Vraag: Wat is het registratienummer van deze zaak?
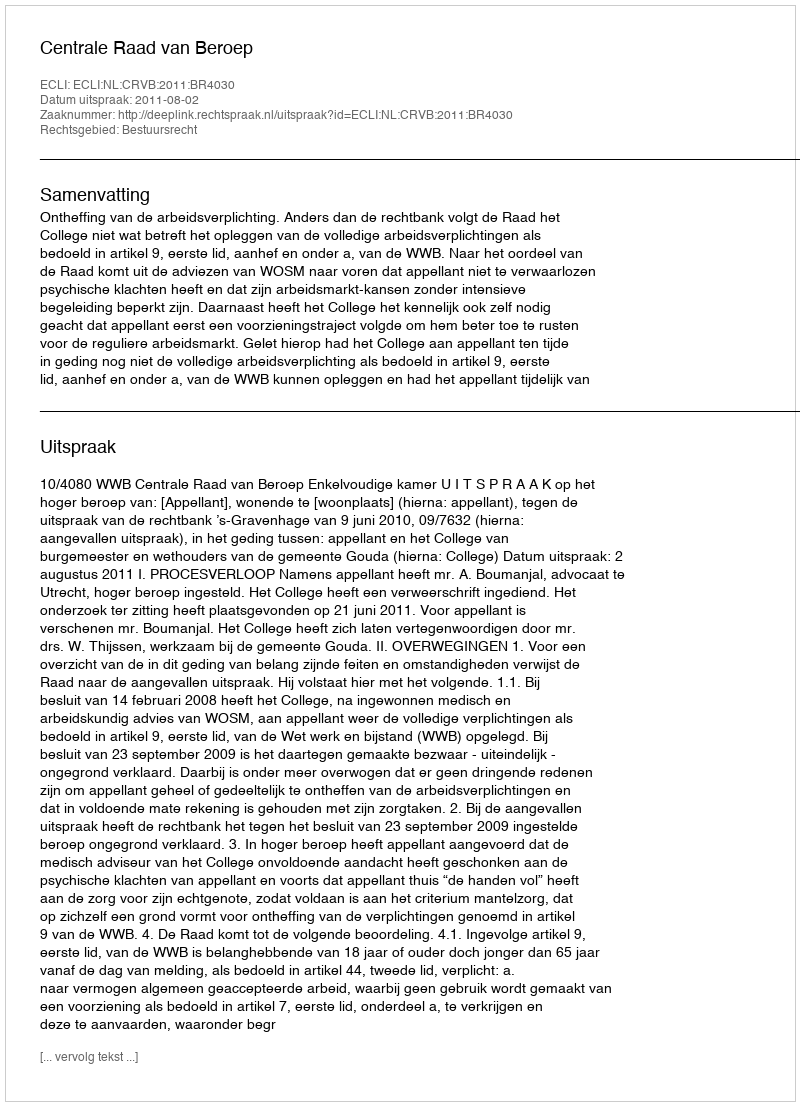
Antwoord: http://deeplink.rechtspraak.nl/uitspraak?id=ECLI:NL:CRVB:2011:BR4030